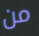
من